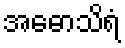
အဓောသိရံ